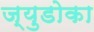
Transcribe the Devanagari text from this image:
ज्युडोका